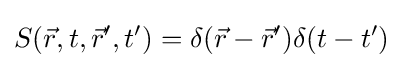
S({\vec {r}},t,{\vec {r}}',t')=\delta ({\vec {r}}-{\vec {r}}')\delta (t-t')